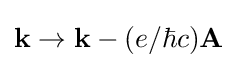
\mathbf {k} \rightarrow \mathbf {k} -(e/\hbar c)\mathbf {A}